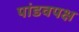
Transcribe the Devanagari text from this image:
पांडवपक्ष